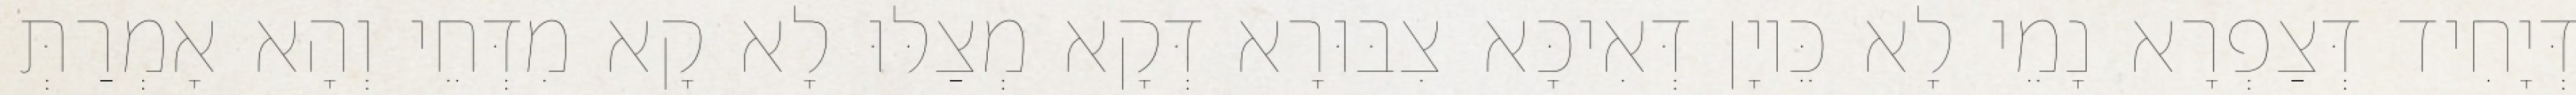
דְּיָחִיד דְּצַפְרָא נָמֵי לָא כֵּיוָן דְּאִיכָּא צִבּוּרָא דְּקָא מְצַלּוּ לָא קָא מִדְּחֵי וְהָא אָמְרַתְּ